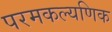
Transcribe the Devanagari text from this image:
परमकल्यणिक